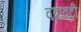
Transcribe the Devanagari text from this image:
वत्रावटी